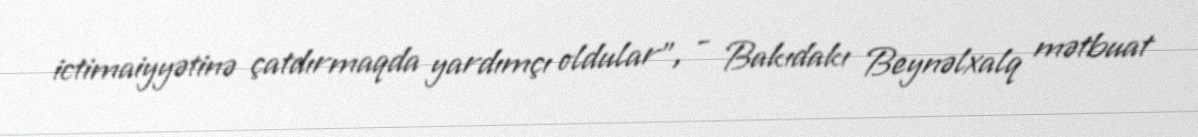
ictimaiyyətinə çatdırmaqda yardımçı oldular”, - Bakıdakı Beynəlxalq mətbuat